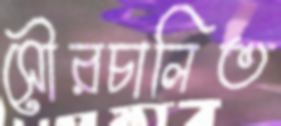
সৌরচালিত